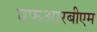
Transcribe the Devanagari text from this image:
एफआरबीएम